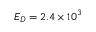
E _ { D } = 2 . 4 \times 1 0 ^ { 3 }